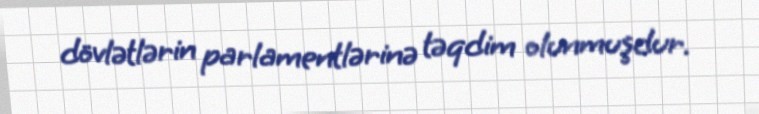
dövlətlərin parlamentlərinə təqdim olunmuşdur.